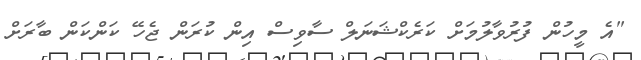
"އެ މީހުން ފުރުވާލުމަށް ކަރެކްޝަނަލް ސާވިސް އިން ކުރަން ޖެހޭ ކަންކަން ބާރަށް